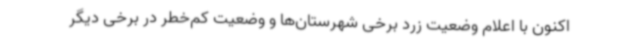
اکنون با اعلام وضعیت زرد برخی شهرستان‌ها و وضعیت کم‌خطر در برخی دیگر